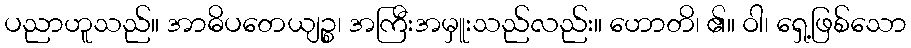
ပညာဟူသည်။ အာဓိပတေယျဉ္စ၊ အကြီးအမှူးသည်လည်း။ ဟောတိ၊ ၏။ ဝါ၊ ရှေ့ဖြစ်သော